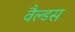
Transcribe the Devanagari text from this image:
वैल्डस